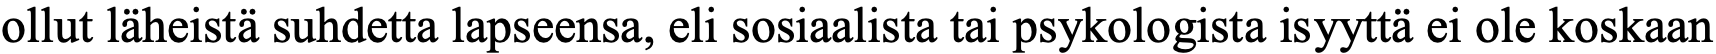
ollut läheistä suhdetta lapseensa, eli sosiaalista tai psykologista isyyttä ei ole koskaan